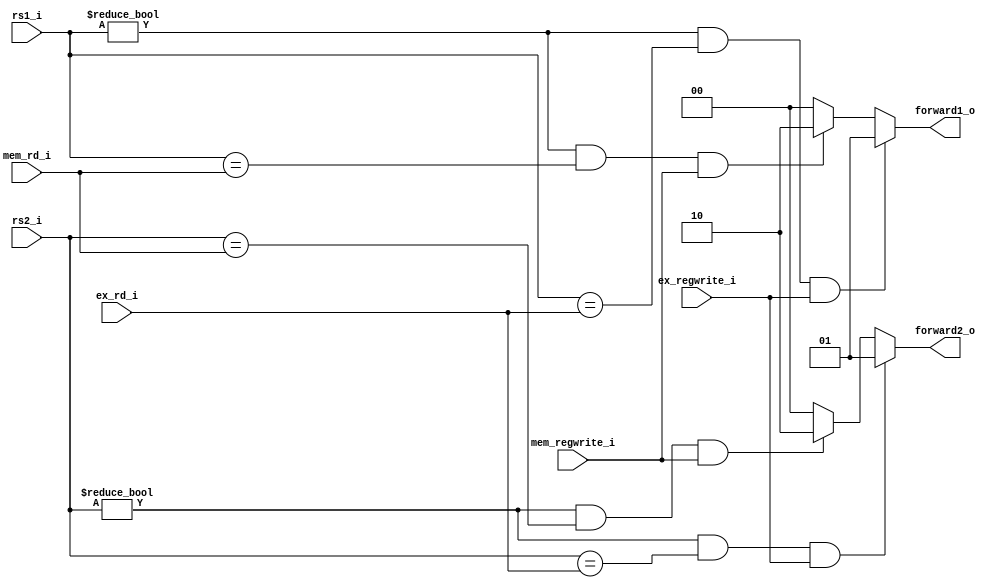
module forwarding_unit(
	ex_rd_i,
	ex_regwrite_i,
	mem_rd_i,
	mem_regwrite_i,
	rs1_i,
	rs2_i,
	forward1_o,
	forward2_o
);

input	[4:0]	ex_rd_i;
input	[4:0]	mem_rd_i;
input			ex_regwrite_i;
input			mem_regwrite_i;
input	[4:0]	rs1_i;
input	[4:0]	rs2_i;
output	[1:0]	forward1_o;
output	[1:0]	forward2_o;
wire	[4:0]	ex_rd_i;
wire	[4:0]	mem_rd_i;
wire			ex_regwrite_i;
wire			mem_regwrite_i;
wire	[4:0]	rs1_i;
wire	[4:0]	rs2_i;
reg		[1:0]	forward1_o;
reg		[1:0]	forward2_o;


// forward1_o
always@(*) begin
	if(rs1_i != 0 && rs1_i == ex_rd_i && ex_regwrite_i) forward1_o = 2'b01;
	else if(rs1_i != 0 && rs1_i == mem_rd_i && mem_regwrite_i) forward1_o = 2'b10;
	else	forward1_o = 0;
end

// forward2_o
always@(*) begin
	if(rs2_i != 0 && rs2_i == ex_rd_i && ex_regwrite_i) forward2_o = 2'b01;
	else if(rs2_i != 0 && rs2_i == mem_rd_i && mem_regwrite_i) forward2_o = 2'b10;
	else	forward2_o = 0;
end
endmodule